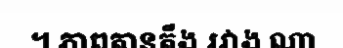
។ ភាពតានតឹង រវាង ណា